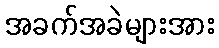
အခက်အခဲများအား